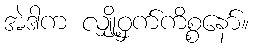
အဲဒါက လျှို့ဝှက်ကိစ္စနော်။